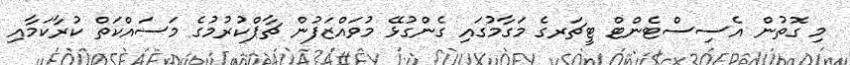
މި ގޮތުން އެސިސްޓެންޓް ޓީޗަރގެ މަގާމުގައި ގެންގުޅޭ މުވައްޒަފުން ޗާޕްކުރުމުގެ މަސައްކަތް ކުރާކަމާއި